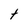
Character: t